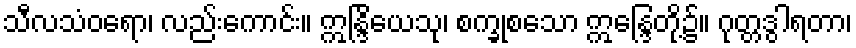
သီလသံဝရော၊ လည်းကောင်း။ ဣန္ဒြိယေသု၊ စက္ခုစသော ဣန္ဒြေတို့၌။ ဂုတ္တဒွါရတာ၊